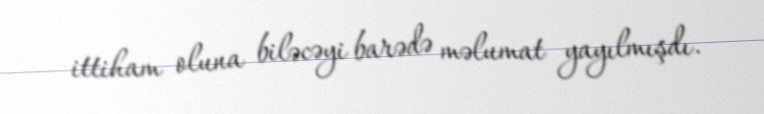
ittiham oluna biləcəyi barədə məlumat yayılmışdı.